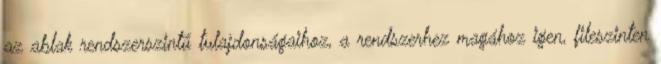
az ablak rendszerszintű tulajdonságaihoz, a rendszerhez magához igen, fileszinten